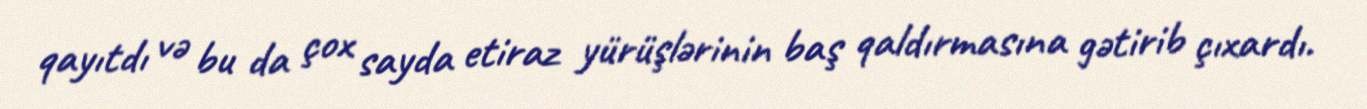
qayıtdı və bu da çox sayda etiraz yürüşlərinin baş qaldırmasına gətirib çıxardı.